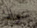
سواك